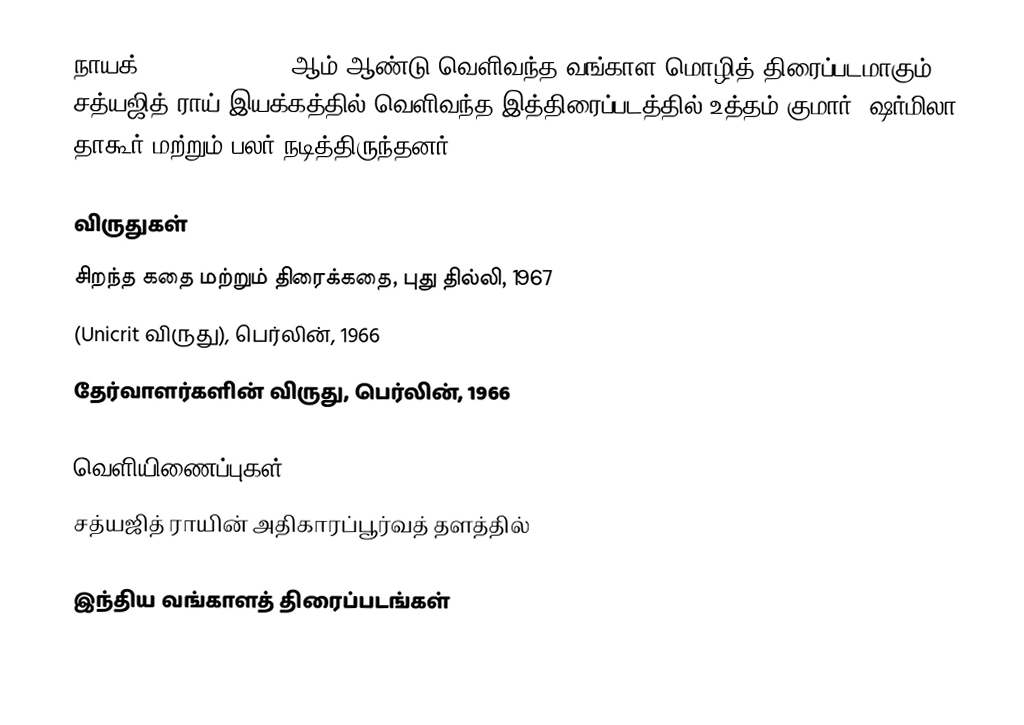
நாயக் (The Hero)  1966 ஆம் ஆண்டு வெளிவந்த வங்காள மொழித் திரைப்படமாகும். சத்யஜித் ராய் இயக்கத்தில் வெளிவந்த இத்திரைப்படத்தில் உத்தம் குமார், ஷர்மிலா தாகூர் மற்றும் பலர் நடித்திருந்தனர்.

விருதுகள்
சிறந்த கதை மற்றும் திரைக்கதை, புது தில்லி, 1967
(Unicrit விருது), பெர்லின், 1966
தேர்வாளர்களின் விருது, பெர்லின், 1966

வெளியிணைப்புகள்
   சத்யஜித் ராயின் அதிகாரப்பூர்வத் தளத்தில்

இந்திய வங்காளத் திரைப்படங்கள்